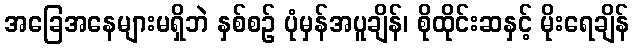
အခြေအနေများမရှိဘဲ နှစ်စဉ် ပုံမှန်အပူချိန်၊ စိုထိုင်းဆနှင့် မိုးရေချိန်